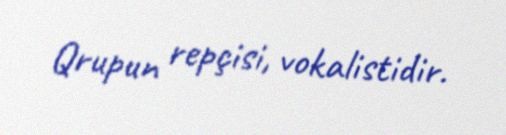
Qrupun repçisi, vokalistidir.